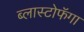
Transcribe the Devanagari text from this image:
ब्लास्टोफॅगा